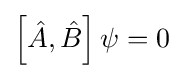
\left[{\hat {A}},{\hat {B}}\right]\psi =0